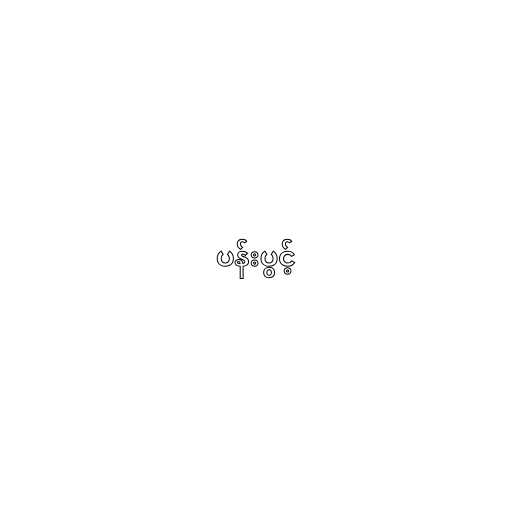
ပန်းပွင့်